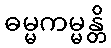
ဓမ္မကမ္မန္တိ